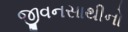
જીવનસાથીનો